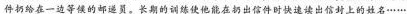
件扔给在一边等候的邮递员。长期的训练使他能在扔出信件时快速读出信封上的姓名……